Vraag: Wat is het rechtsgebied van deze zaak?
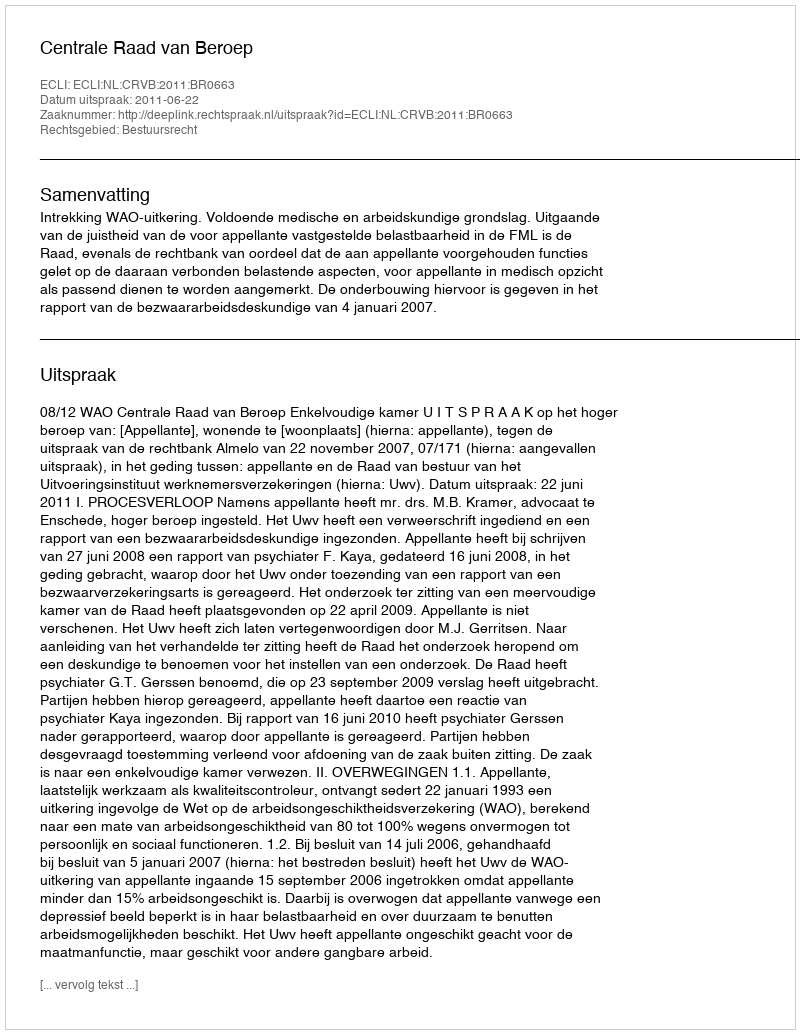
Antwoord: Bestuursrecht